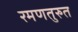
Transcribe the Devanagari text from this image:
रमणतुरुत